Annual report on the health of the army in India
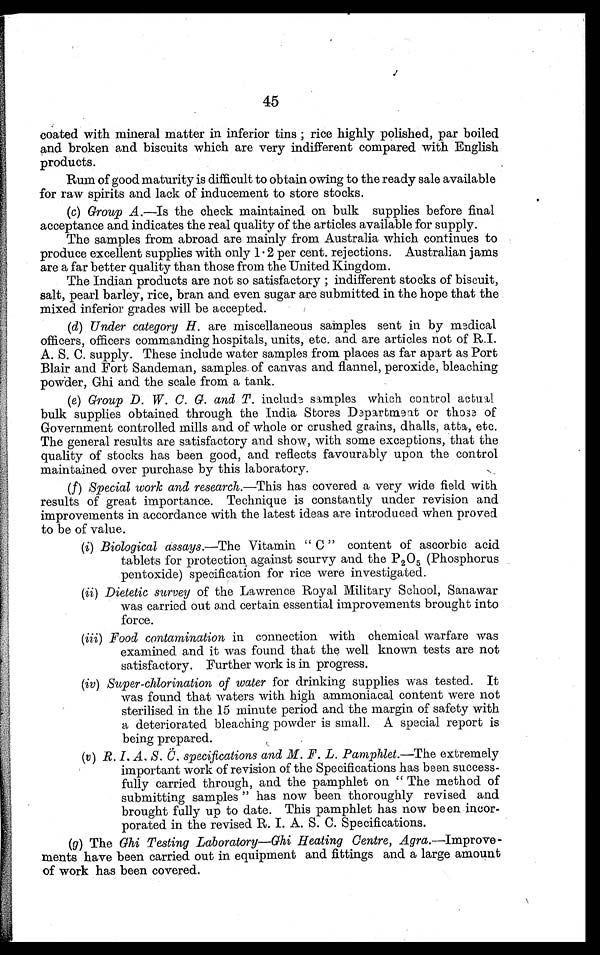
45
coated with mineral matter in inferior tins ; rice highly polished, par boiled
and broken and biscuits which are very indifferent compared with English
products.
Rum of good maturity is difficult to obtain owing to the ready sale available
for raw spirits and lack of inducement to store stocks.
(c) Group A .—Is the check maintained on bulk supplies before final
acceptance and indicates the real quality of the articles available for supply.
The samples from abroad are mainly from Australia which continues to
produce excellent supplies with only 1.2 per cent, rejections. Australian jams
are a far better quality than those from the United Kingdom.
The Indian products are not so satisfactory ; indifferent stocks of biscuit,
salt, pearl barley, rice, bran and even sugar are submitted in the hope that the
mixed inferior grades will be accepted.
(d) Under category H. are miscellaneous samples sent in by medical
officers, officers commanding hospitals, units, etc. and are articles not of R. I.
A. S. C. supply. These include water samples from places as far apart as Port
Blair and Fort Sandeman, samples. of canvas and flannel, peroxide, bleaching
powder, Ghi and the scale from a tank.
(e) Group D. W. C. G. and T. include samples which control actual
bulk supplies obtained through the India Stores Department or those of
Government controlled mills and of whole or crushed grains, dhalls, atta, etc.
The general results are satisfactory and show, with some exceptions, that the
quality of stocks has been good, and reflects favourably upon the control
maintained over purchase by this laboratory.
(f) Special work and research .—This has covered a very wide field with
results of great importance. Technique is constantly under revision and
improvements in accordance with the latest ideas are introduced when proved
to be of value.
(i) Biological assays .—The Vitamin " C " content of ascorbic acid
tablets for protection, against scurvy and the P 2 0 5 (Phosphorus
pentoxide) specification for rice were investigated.
(ii) Dietetic survey of the Lawrence Royal Military School, Sanawar
was carried out and certain essential improvements brought into
force.
(iii) Food contamination in connection with chemical warfare was
examined and it was found that the well known tests are not
satisfactory. Further work is in progress.
(iv) Super-chlorination of water for drinking supplies was tested. It
was found that waters with high ammoniacal content were not
sterilised in the 15 minute period and the margin of safety with
a deteriorated bleaching powder is small. A special report is
being prepared.
(u) R. I. A. S. C. specifications and M. F. L. Pamphlet .—The extremely
important work of revision of the Specifications has been success-
fully carried through, and the pamphlet on " The method of
submitting samples " has now been thoroughly revised and
brought fully up to date. This pamphlet has now been incor-
porated in the revised R. I. A. S. C. Specifications.
(g) The Ghi Testing Laboratory—Ghi Heating Centre, Agra.—Improve-
ments have been carried out in equipment and fittings and a large amount
of work has been covered.